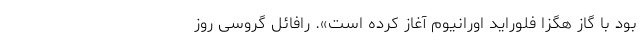
بود با گاز هگزا فلوراید اورانیوم آغاز کرده است». رافائل گروسی روز